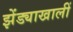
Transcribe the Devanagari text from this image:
झेंड्याखालीं